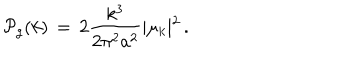
LaTeX: { \cal P } _ { g } ( k ) \, = \, 2 { \frac { k ^ { 3 } } { 2 \pi ^ { 2 } a ^ { 2 } } } \vert \mu _ { k } \vert ^ { 2 } \, .